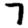
Digit: 7